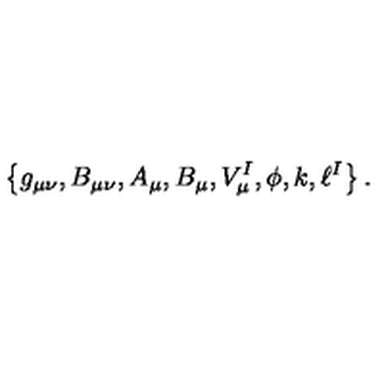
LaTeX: \left\{ g _ { \mu \nu } , B _ { \mu \nu } , A _ { \mu } , B _ { \mu } , V _ { \mu } ^ { I } , \phi , k , \ell ^ { I } \right\} .